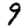
Digit: 9